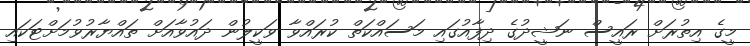
މީގެ އިތުރަށް ރައީސް ނަޝީދުގެ ދިފާއުގައި މަސައްކަތް ކުރައްވާ ވަކީލުން ދައުވާއަށް ތައްޔާރުވުމަށްޓަކައި